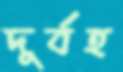
দূর্বহ